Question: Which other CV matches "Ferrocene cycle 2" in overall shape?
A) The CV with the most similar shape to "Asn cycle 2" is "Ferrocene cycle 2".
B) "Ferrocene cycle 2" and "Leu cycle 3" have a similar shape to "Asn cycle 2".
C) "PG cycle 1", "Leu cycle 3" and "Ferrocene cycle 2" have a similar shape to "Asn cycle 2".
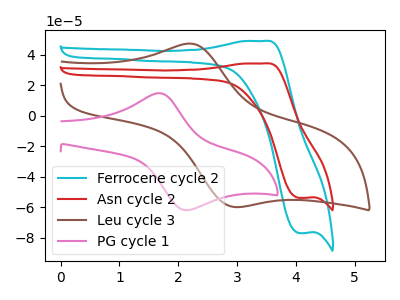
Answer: <think>The cyan curve "Ferrocene cycle 2" has an anodic peak at (3.45V, 49.05uA) and a cathodic peak at (4.05V, -76.85uA). The red curve "Asn cycle 2" has an anodic peak at (3.45V, 34.35uA) and a cathodic peak at (4.05V, -53.80uA). The brown curve "Leu cycle 3" has an anodic peak at (2.25V, 47.15uA) and a cathodic peak at (2.95V, -59.80uA). The pink curve "PG cycle 1" has an anodic peak at (1.65V, 14.85uA) and a cathodic peak at (2.10V, -61.75uA).
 All the peaks in "Ferrocene cycle 2" have a peak in "Asn cycle 2" at the same potential. Every peak in "Ferrocene cycle 2" is higher than every peak in "Asn cycle 2". "Ferrocene cycle 2" and "Leu cycle 3" have at least one peak that do not match. "Ferrocene cycle 2" and "PG cycle 1" have at least one peak that do not match. "Asn cycle 2" and "Leu cycle 3" have at least one peak that do not match. "Asn cycle 2" and "PG cycle 1" have at least one peak that do not match. "Leu cycle 3" and "PG cycle 1" have at least one peak that do not match.</think>
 <answer>A) The CV with the most similar shape to "Asn cycle 2" is "Ferrocene cycle 2".</answer>
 <eval>A</eval>